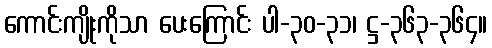
ကောင်းကျိုးကိုသာ ပေးကြောင်း ပါ-၃၀-၃၁၊ ဋ္ဌ-၃၆၃-၃၆၄။